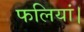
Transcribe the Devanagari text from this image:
फलियां।